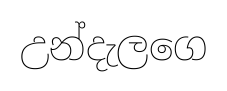
උන්දැලගෙ